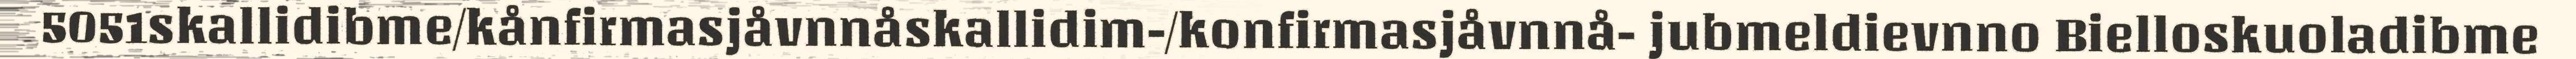
5051skallidibme/kånfirmasjåvnnåskallidim-/konfirmasjåvnnå- jubmeldievnno Bielloskuoladibme